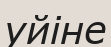
уйіне